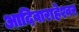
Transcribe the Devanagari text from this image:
आदिवाराहेश्वर